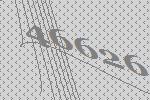
46626